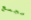
مجمع